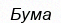
Бума